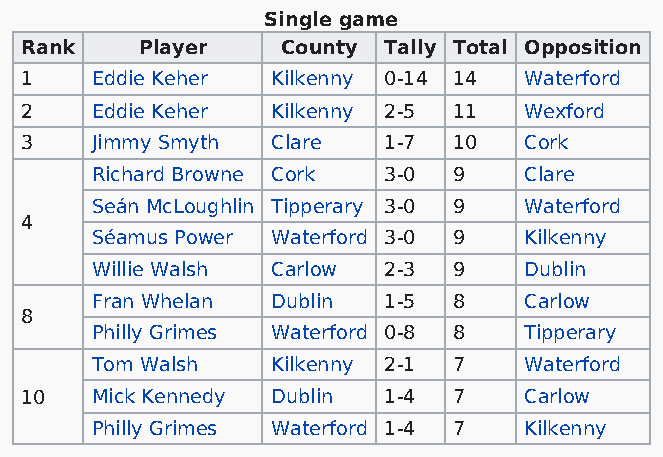
Single game
 Rank    Player    County Tally Total Opposition
 1    Eddie Keher Kilkenny 0-14 14 Waterford
 2    Eddie Keher Kilkenny 2-5 11  Wexford
 3    Jimmy Smyth Clare  1-7  10   Cork
 Richard Browne Cork 3-0 9    Clare
 Seán McLoughlin Tipperary 3-0 9 Waterford
 4
 Séamus Power Waterford 3-0 9 Kilkenny
 Willie Walsh Carlow 2-3 9    Dublin
 Fran Whelan Dublin 1-5  8    Carlow
 8
 Philly Grimes Waterford 0-8 8 Tipperary
 Tom Walsh   Kilkenny 2-1 7   Waterford
 10   Mick Kennedy Dublin 1-4 7    Carlow
 Philly Grimes Waterford 1-4 7 Kilkenny